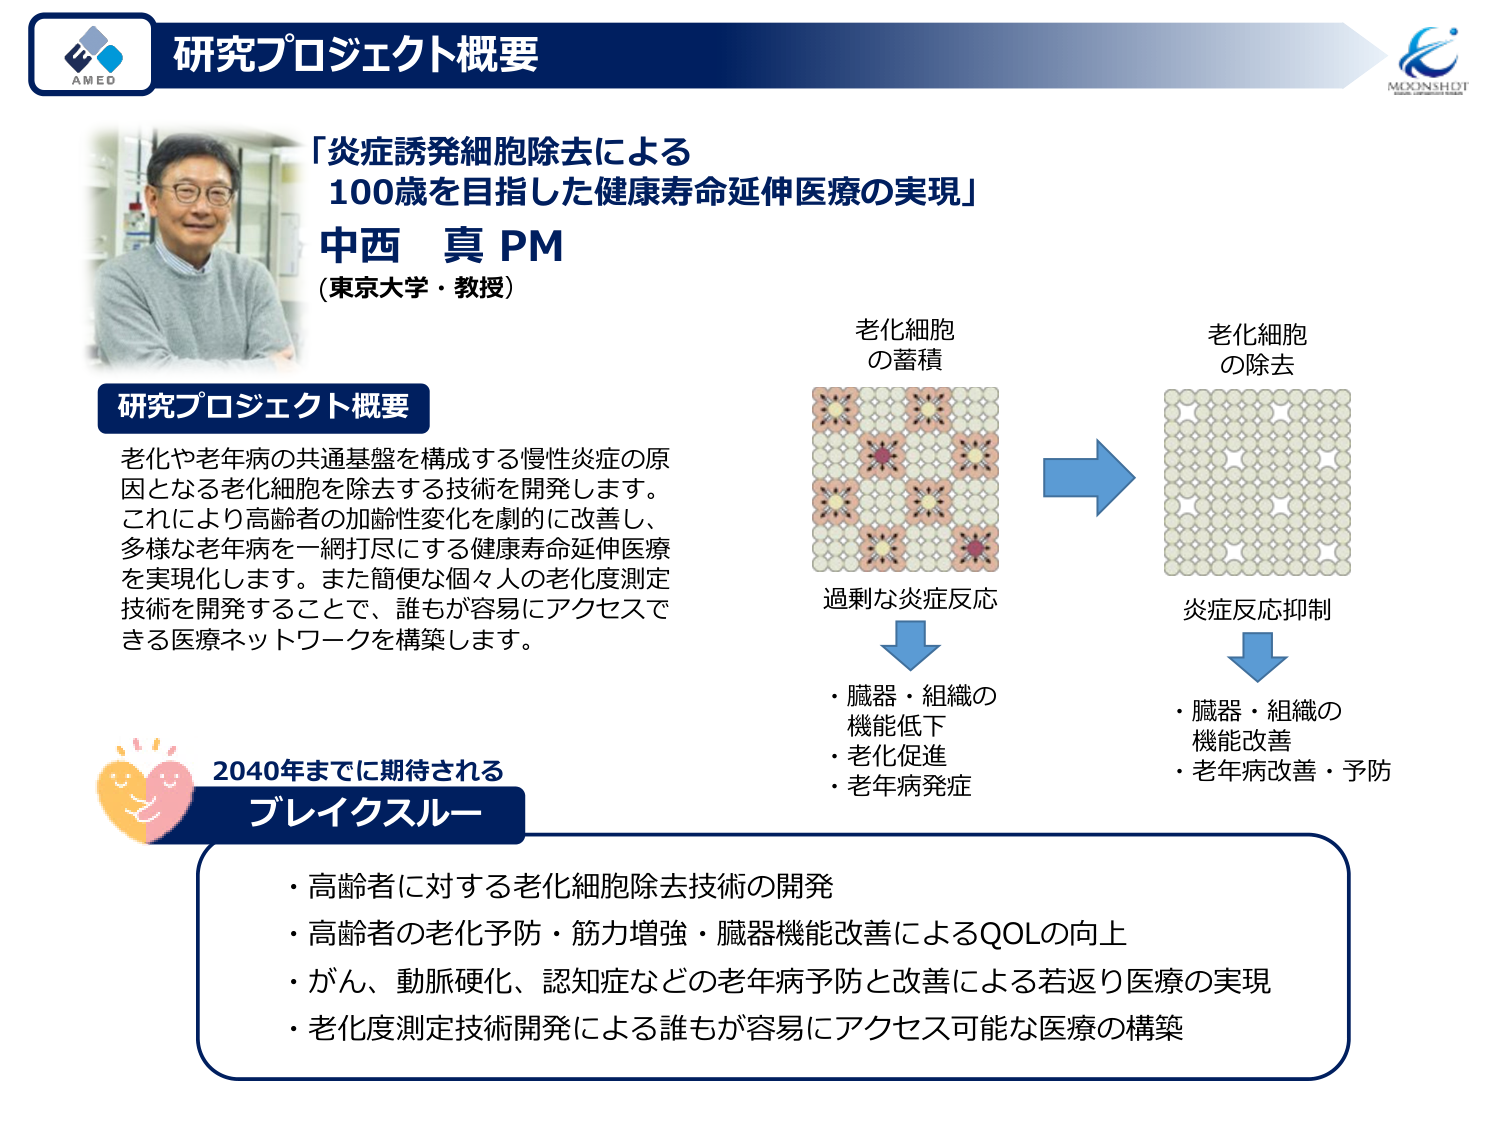
研究プロジェクト概要
AMED
「炎症誘発細胞除去による
100歳を目指した健康寿命延伸医療の実現」
中西 真 PM
(東京大学・教授)

研究プロジェクト概要
老化や老年病の共通基盤を構成する慢性炎症の原因となる老化細胞を除去する技術を開発します。
これにより高齢者の加齢性変化を劇的に改善し、
多様な老年病を一網打尽にする健康寿命延伸医療を実現化します。また簡便な個人の老化度測定技術を開発することで、誰もが容易にアクセスできる医療ネットワークを構築します。

老化細胞
の蓄積
過剰な炎症反応
・臓器・組織の
機能低下
・老化促進
・老年病発症

老化細胞
の除去
炎症反応抑制
・臓器・組織の
機能改善
・老年病改善・予防

2040年までに期待される
ブレイクスルー
・高齢者に対する老化細胞除去技術の開発
・高齢者の老化予防・筋力増強・臓器機能改善によるQOLの向上
・がん、動脈硬化、認知症などの老年病予防と改善による若返り医療の実現
・老化度測定技術開発による誰もが容易にアクセス可能な医療の構築

MEONSHOT